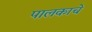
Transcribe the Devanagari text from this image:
पालकाचे